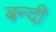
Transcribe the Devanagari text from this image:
बन्‍दी